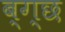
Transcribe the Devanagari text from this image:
ब्ग्छ